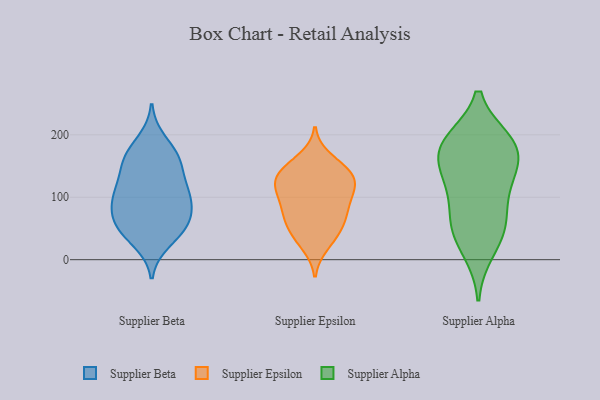
{"axis": {"x": "Tickets Resolved", "y": "Value"}, "legend": ["Supplier Alpha", "Supplier Beta", "Supplier Epsilon"], "data": [{"x": "", "y": 61, "type": "Supplier Beta"}, {"x": "", "y": 112, "type": "Supplier Beta"}, {"x": "", "y": 106, "type": "Supplier Beta"}, {"x": "", "y": 90, "type": "Supplier Beta"}, {"x": "", "y": 59, "type": "Supplier Beta"}, {"x": "", "y": 58, "type": "Supplier Beta"}, {"x": "", "y": 190, "type": "Supplier Beta"}, {"x": "", "y": 29, "type": "Supplier Beta"}, {"x": "", "y": 166, "type": "Supplier Beta"}, {"x": "", "y": 94, "type": "Supplier Beta"}, {"x": "", "y": 153, "type": "Supplier Beta"}, {"x": "", "y": 40, "type": "Supplier Beta"}, {"x": "", "y": 59, "type": "Supplier Beta"}, {"x": "", "y": 160, "type": "Supplier Beta"}, {"x": "", "y": 100, "type": "Supplier Beta"}, {"x": "", "y": 160, "type": "Supplier Beta"}, {"x": "", "y": 122, "type": "Supplier Beta"}, {"x": "", "y": 64, "type": "Supplier Epsilon"}, {"x": "", "y": 44, "type": "Supplier Epsilon"}, {"x": "", "y": 23, "type": "Supplier Epsilon"}, {"x": "", "y": 112, "type": "Supplier Epsilon"}, {"x": "", "y": 141, "type": "Supplier Epsilon"}, {"x": "", "y": 77, "type": "Supplier Epsilon"}, {"x": "", "y": 79, "type": "Supplier Epsilon"}, {"x": "", "y": 94, "type": "Supplier Epsilon"}, {"x": "", "y": 144, "type": "Supplier Epsilon"}, {"x": "", "y": 37, "type": "Supplier Epsilon"}, {"x": "", "y": 112, "type": "Supplier Epsilon"}, {"x": "", "y": 138, "type": "Supplier Epsilon"}, {"x": "", "y": 162, "type": "Supplier Epsilon"}, {"x": "", "y": 114, "type": "Supplier Epsilon"}, {"x": "", "y": 122, "type": "Supplier Epsilon"}, {"x": "", "y": 136, "type": "Supplier Epsilon"}, {"x": "", "y": 63, "type": "Supplier Epsilon"}, {"x": "", "y": 54, "type": "Supplier Alpha"}, {"x": "", "y": 187, "type": "Supplier Alpha"}, {"x": "", "y": 111, "type": "Supplier Alpha"}, {"x": "", "y": 169, "type": "Supplier Alpha"}, {"x": "", "y": 129, "type": "Supplier Alpha"}, {"x": "", "y": 54, "type": "Supplier Alpha"}, {"x": "", "y": 175, "type": "Supplier Alpha"}, {"x": "", "y": 15, "type": "Supplier Alpha"}, {"x": "", "y": 132, "type": "Supplier Alpha"}, {"x": "", "y": 184, "type": "Supplier Alpha"}, {"x": "", "y": 58, "type": "Supplier Alpha"}, {"x": "", "y": 189, "type": "Supplier Alpha"}]}